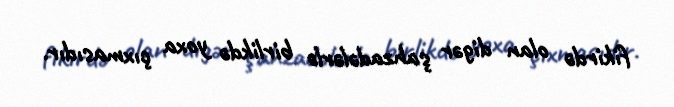
fikirdə olan digər şahzadələrlə birlikdə yoxa çıxmasıdır.